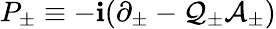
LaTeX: P_{\pm}\equiv-\mathbf{i}(\partial_{\pm}-\mathcal{{Q}}_{\pm}\mathcal{{A}}_{\pm})